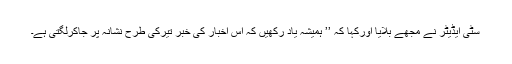
سٹی ایڈیٹر نے مجھے بلایا اورکہا کہ ’’ ہمیشہ یاد رکھیں کہ اس اخبار کی خبر تیرکی طرح نشانہ پر جاکرلگتی ہے۔